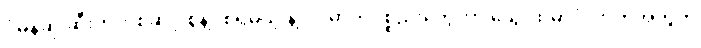
ပုံမှန်ဆို ဆီးကတစ်ဆင့် စွန့်ပစ်ရမယ့် နဲ့ လို ဓာတုပစ္စည်းတွေဟာ သွေးထဲမှာပုံလာတဲ့အတွက်